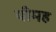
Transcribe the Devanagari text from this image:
पीमह